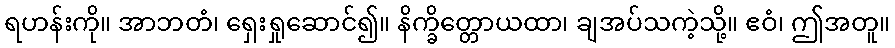
ရဟန်းကို။ အာဘတံ၊ ရှေးရှုဆောင်၍။ နိက္ခိတ္တောယထာ၊ ချအပ်သကဲ့သို့။ ဧဝံ၊ ဤအတူ။